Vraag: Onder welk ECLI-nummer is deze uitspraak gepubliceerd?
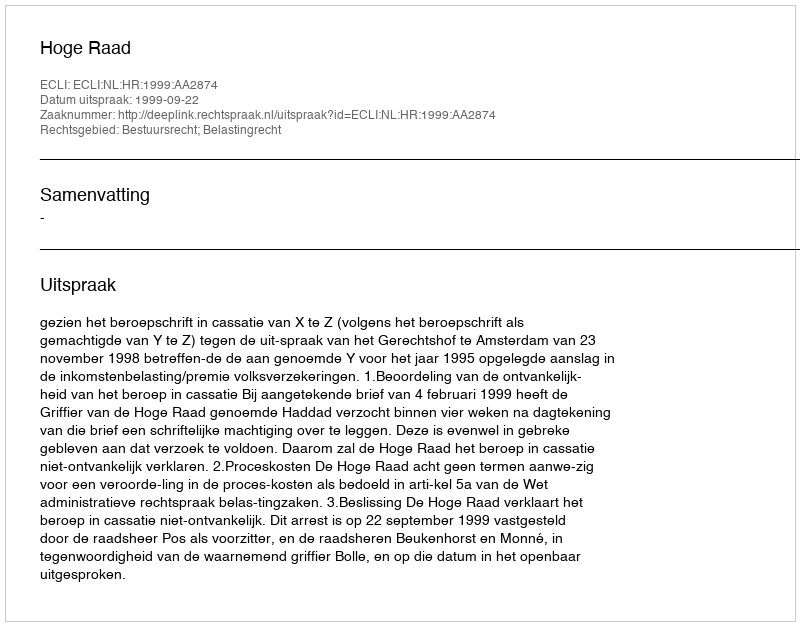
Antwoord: ECLI:NL:HR:1999:AA2874